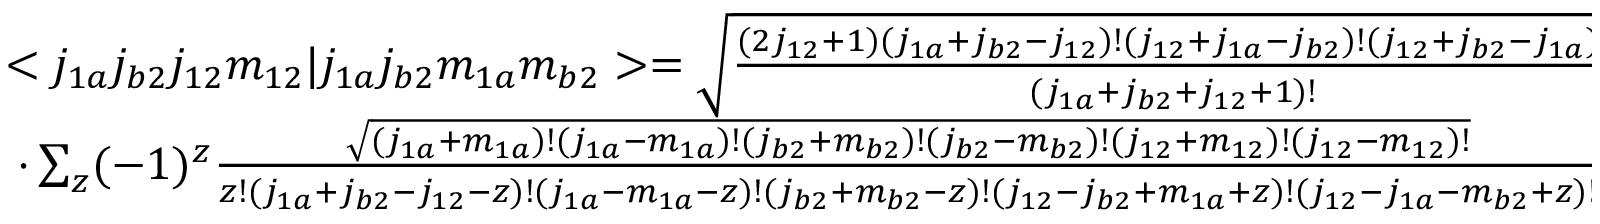
\begin{array} { c c } { < j _ { 1 a } j _ { b 2 } j _ { 1 2 } m _ { 1 2 } | j _ { 1 a } j _ { b 2 } m _ { 1 a } m _ { b 2 } > = \sqrt { \frac { ( 2 j _ { 1 2 } + 1 ) ( j _ { 1 a } + j _ { b 2 } - j _ { 1 2 } ) ! ( j _ { 1 2 } + j _ { 1 a } - j _ { b 2 } ) ! ( j _ { 1 2 } + j _ { b 2 } - j _ { 1 a } ) ! } { ( j _ { 1 a } + j _ { b 2 } + j _ { 1 2 } + 1 ) ! } } } \\ { \cdot \sum _ { z } ( - 1 ) ^ { z } \frac { \sqrt { ( j _ { 1 a } + m _ { 1 a } ) ! ( j _ { 1 a } - m _ { 1 a } ) ! ( j _ { b 2 } + m _ { b 2 } ) ! ( j _ { b 2 } - m _ { b 2 } ) ! ( j _ { 1 2 } + m _ { 1 2 } ) ! ( j _ { 1 2 } - m _ { 1 2 } ) ! } } { z ! ( j _ { 1 a } + j _ { b 2 } - j _ { 1 2 } - z ) ! ( j _ { 1 a } - m _ { 1 a } - z ) ! ( j _ { b 2 } + m _ { b 2 } - z ) ! ( j _ { 1 2 } - j _ { b 2 } + m _ { 1 a } + z ) ! ( j _ { 1 2 } - j _ { 1 a } - m _ { b 2 } + z ) ! } } \end{array}